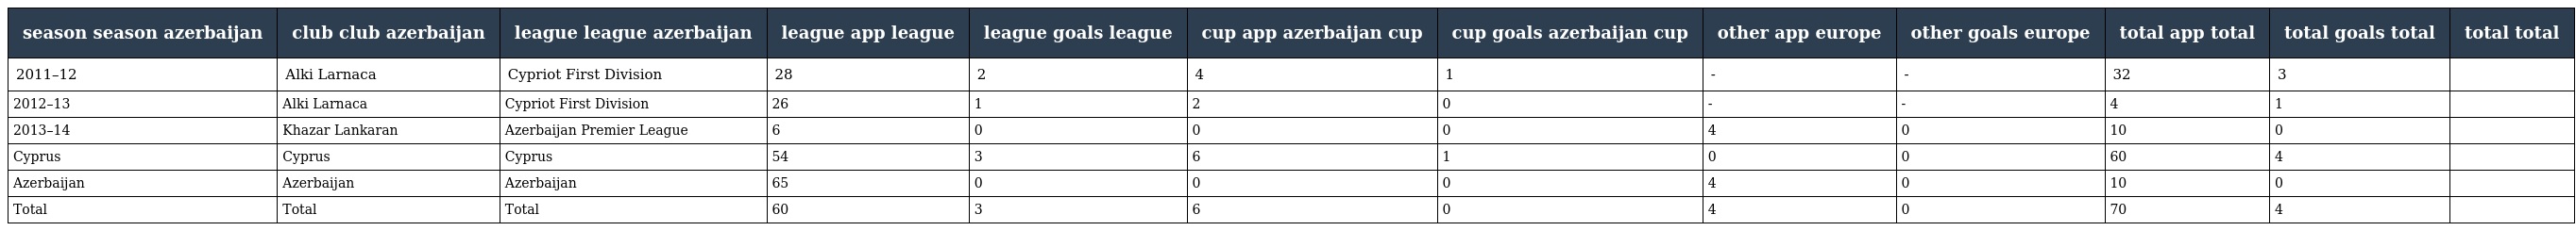
| season season azerbaijan | club club azerbaijan | league league azerbaijan | league app league | league goals league | cup app azerbaijan cup | cup goals azerbaijan cup | other app europe | other goals europe | total app total | total goals total | total  total |
 | --- | --- | --- | --- | --- | --- | --- | --- | --- | --- | --- | --- |
 | 2011–12 | Alki Larnaca | Cypriot First Division | 28 | 2 | 4 | 1 | - | - | 32 | 3 |  |
 | 2012–13 | Alki Larnaca | Cypriot First Division | 26 | 1 | 2 | 0 | - | - | 4 | 1 |  |
 | 2013–14 | Khazar Lankaran | Azerbaijan Premier League | 6 | 0 | 0 | 0 | 4 | 0 | 10 | 0 |  |
 | Cyprus | Cyprus | Cyprus | 54 | 3 | 6 | 1 | 0 | 0 | 60 | 4 |  |
 | Azerbaijan | Azerbaijan | Azerbaijan | 65 | 0 | 0 | 0 | 4 | 0 | 10 | 0 |  |
 | Total | Total | Total | 60 | 3 | 6 | 0 | 4 | 0 | 70 | 4 |  |